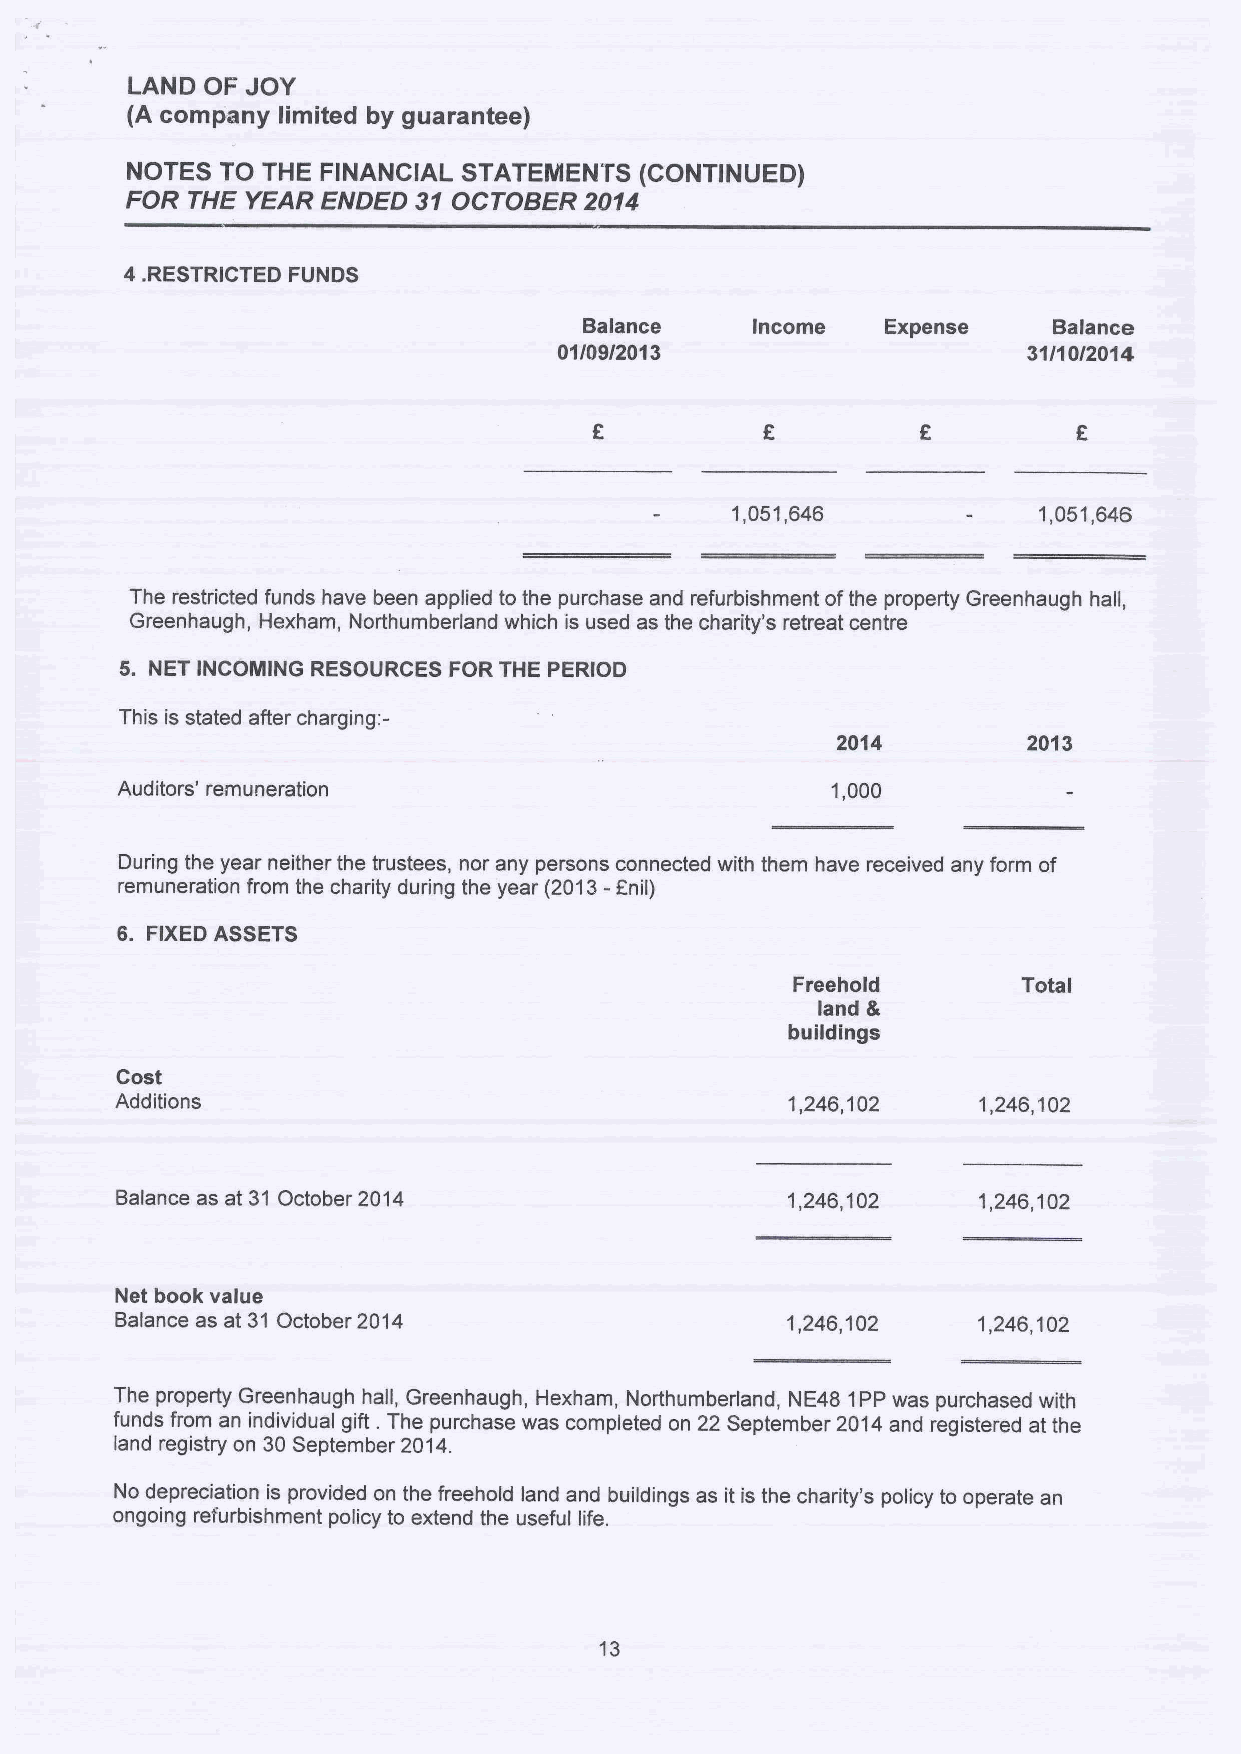
LAND  OF JOV
 (A company limited by guarantee)
 NOTES  TO THE FINANCIAL STATEIIENTS (CONTINUED)
 FOR THE YEAR ENDED 31OCTOBER   2014
 4.
 RESTRICTED FUNDS
 Balance    Income   Expense    Balance
 01/09/2013                     31/10/2014
 1,051,646            1,051,646
 The restricted funds have been applied to the purchase and refurbishment ofthe property Greenhaugh hall,
 Greenhaugh, Hexham, Northumberland which is used as the charity's retreat centre
 5. NET INCOMING RESOURCES FOR THE PERIOD
 This is stated after charging:-
 2014         2013
 Auditors' remuneration                         1,000
 During the year neither the trustees, nor any persons connected with them have received any form of
 remuneration from the charity during the year (2013- anil)
 6. FIXEDASSETS
 Freehold        Total
 land &
 buildings
 Cost
 Additions                                   1,246,102    1,246,102
 Balance as at 31 October 2014               1,246,102    1,246,102
 Net book value
 Balance as at 31 October 2014               1,246,102    1,246,102
 The property Greenhaugh hall, Greenhaugh, Hexham, Northumberland, NE48 1PPwas purchased with
 funds from an individual gift .The purchase was completed on 22 September 2014and registered at the
 land registry on 30September 2014.
 No depreciation is provided on the freehold land and buildings as it is the charity's policy to operate an
 ongoing refurbishment policy to extend the useful life.
 13